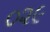
૦૨૯